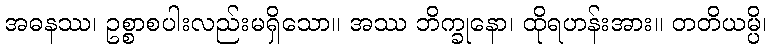
အဓနဿ၊ ဥစ္စာစပါးလည်းမရှိသော။ အဿ ဘိက္ခုနော၊ ထိုရဟန်းအား။ တတိယမ္ပိ၊